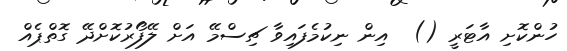
ހުންކޮށި އާޓަރީ ()  އިން ނިކުމެފައިވާ ޗިސްމޭ އަށް ލޭފޯރުކޮށްދޭ ގޮތްޕެއް